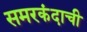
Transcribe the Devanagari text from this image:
समरकंदाची